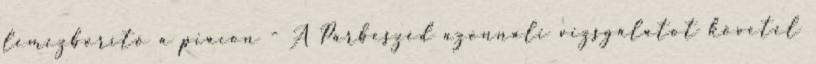
lemezborító a piacon - A Párbeszéd azonnali vizsgálatot követel